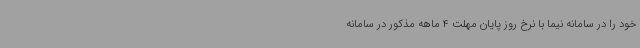
خود را در سامانه نیما با نرخ روز پایان مهلت 4 ماهه مذکور در سامانه